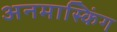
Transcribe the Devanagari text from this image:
अनमास्किंग